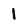
Character: 1